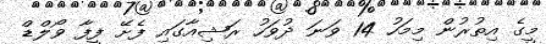
މީގެ އިތުރުން މިމަހު 14 ވަނަ ދުވަހު ރަޝިއާގައި ފެށޭ ފީފާ ވޯލްޑް